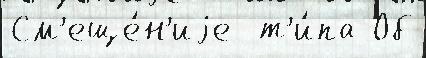
См'еще́н'иjе  т'и́па Об